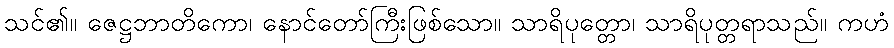
သင်၏။ ဇေဋ္ဌဘာတိကော၊ နောင်တော်ကြီးဖြစ်သော။ သာရိပုတ္တော၊ သာရိပုတ္တရာသည်။ ကဟံ